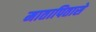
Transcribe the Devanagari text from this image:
मातापितासे